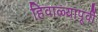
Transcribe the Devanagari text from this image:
हिवाळ्यापूर्वी